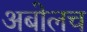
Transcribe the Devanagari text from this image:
अबोलच